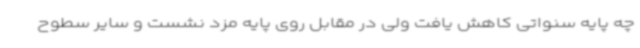
چه پایه سنواتی کاهش یافت ولی در مقابل روی پایه مزد نشست و سایر سطوح